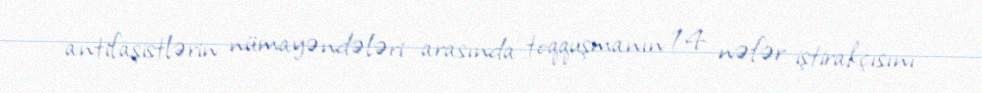
antifaşistlərin nümayəndələri arasında toqquşmanın 14 nəfər iştirakçısını